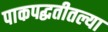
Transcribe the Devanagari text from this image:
पाकपद्धतीतल्या